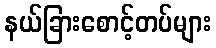
နယ်ခြားစောင့်တပ်များ